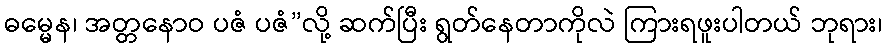
ဓမ္မေန၊ အတ္တနောဝ ပဇံ ပဇံ”လို့ ဆက်ပြီး ရွတ်နေတာကိုလဲ ကြားရဖူးပါတယ် ဘုရား၊